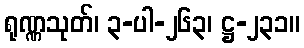
ရုဏ္ဏသုတ်၊ ၃-ပါ-၂၆၃၊ ဋ္ဌ-၂၃၁။